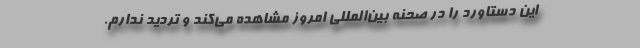
این دستاورد را در صحنه بین‌المللی امروز مشاهده می‌کند و تردید ندارم.